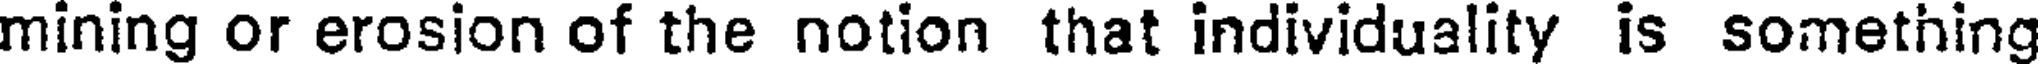
mining or erosion of the notion that individuality is something